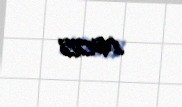
1605